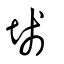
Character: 𡍌